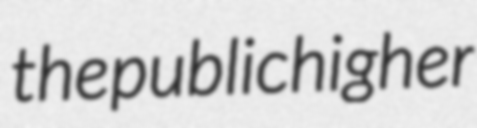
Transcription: the public higher